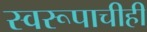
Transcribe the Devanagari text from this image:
स्वरूपाचीही